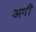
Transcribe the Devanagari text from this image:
अगीं